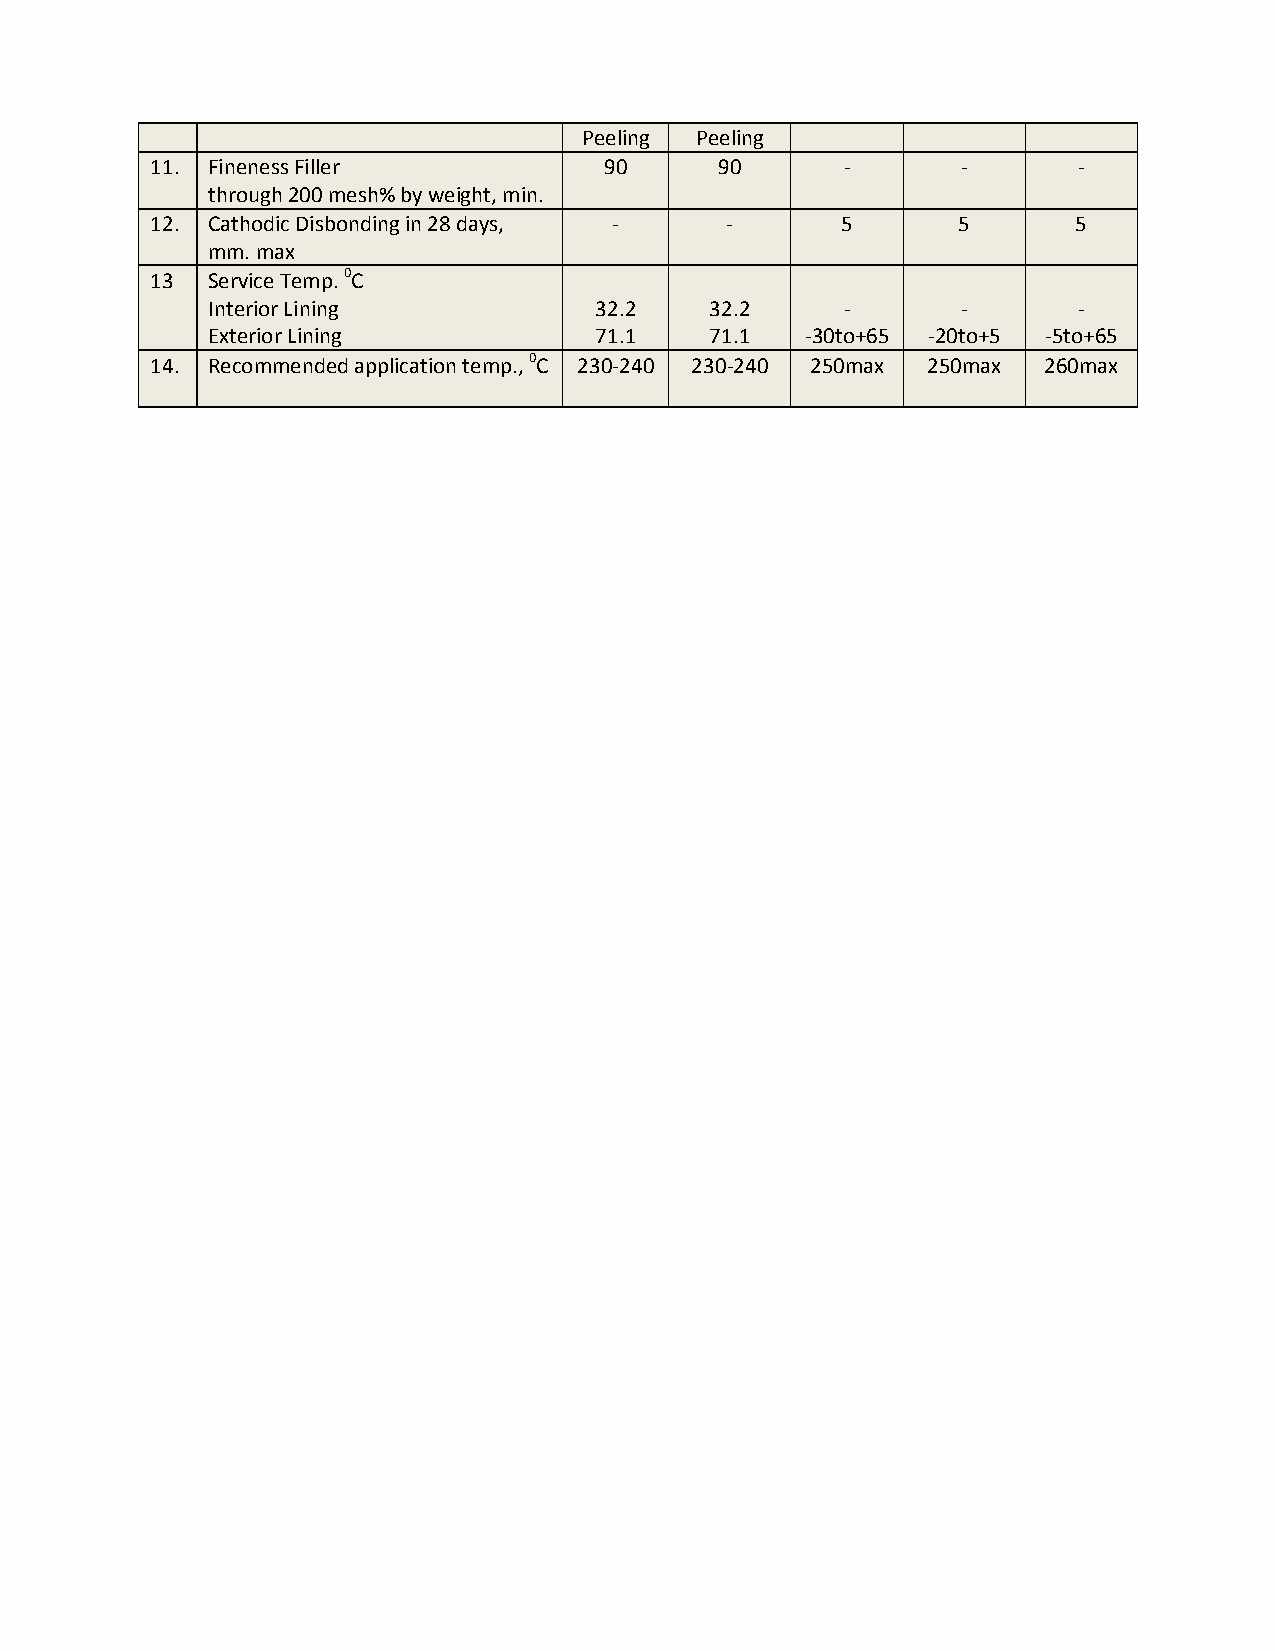
Peeling Peeling
 11. Fineness Filler           90      90      -       -      -
 through 200 mesh% by weight, min.
 12. Cathodic Disbonding in 28 days, - -       5      5       5
 mm. max
 13  Service Temp. 0C
 Interior Lining          32.2    32.2     -       -      -
 Exterior Lining          71.1    71.1  -30to+65 -20to+5 -5to+65
 14. Recommended application temp., 0C 230-240 230-240 250max 250max 260max